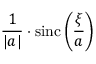
{ \frac { 1 } { | a | } } \cdot \operatorname { s i n c } \left( { \frac { \xi } { a } } \right)